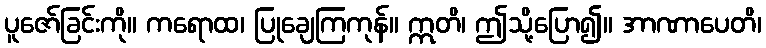
ပူဇော်ခြင်းကို။ ကရောထ၊ ပြုချေကြကုန်။ ဣတိ၊ ဤသို့ပြော၍။ အာဏာပေတိ၊